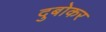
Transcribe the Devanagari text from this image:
दुबोकर